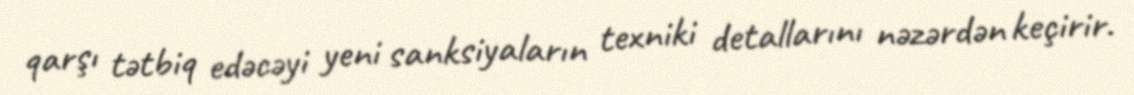
qarşı tətbiq edəcəyi yeni sanksiyaların texniki detallarını nəzərdən keçirir.